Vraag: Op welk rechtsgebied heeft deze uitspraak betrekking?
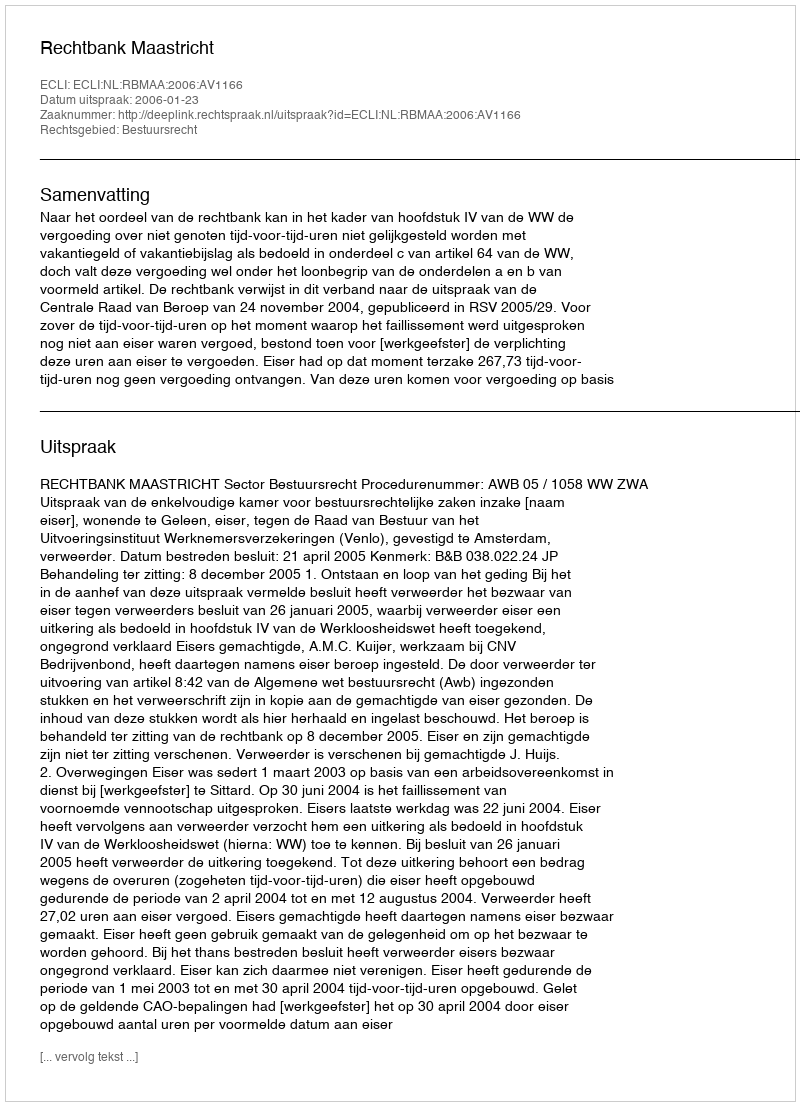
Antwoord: Bestuursrecht